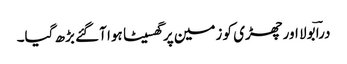
دراؔ بولا اور چھڑی کو زمین پر گھسیٹا ہوا آگئے بڑھ گیا۔